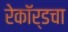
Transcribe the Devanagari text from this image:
रेकॉर्डचा